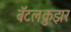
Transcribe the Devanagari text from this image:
बॅटलक्रुझर